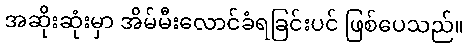
အဆိုးဆုံးမှာ အိမ်မီးလောင်ခံရခြင်းပင် ဖြစ်ပေသည်။